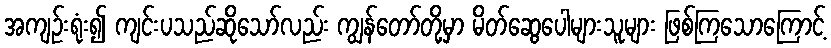
အကျဉ်းရုံး၍ ကျင်းပသည်ဆိုသော်လည်း ကျွန်တော်တို့မှာ မိတ်ဆွေပေါများသူများ ဖြစ်ကြသောကြောင့်